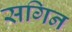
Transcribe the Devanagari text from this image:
सगिन